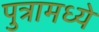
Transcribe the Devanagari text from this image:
पुत्रामध्ये